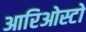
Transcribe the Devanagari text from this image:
आरिओस्टो